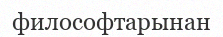
философтарынан